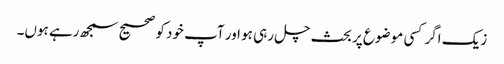
زیک اگر کسی موضوع پر بحث چل رہی ہو اور آپ خود کو صحیح سمجھ رہے ہوں۔